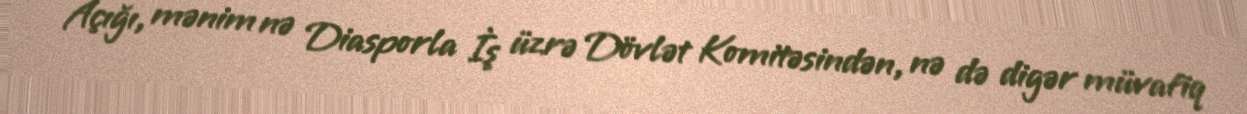
Açığı, mənim nə Diasporla İş üzrə Dövlət Komitəsindən, nə də digər müvafiq